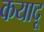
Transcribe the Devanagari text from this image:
कयादू